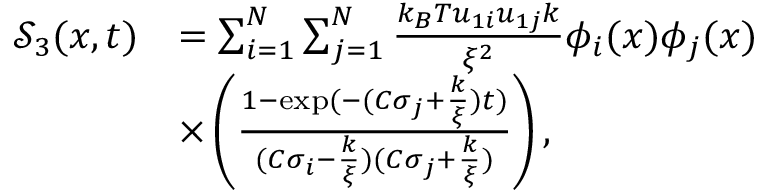
\begin{array} { r l } { \mathcal { S } _ { 3 } ( x , t ) } & { = \sum _ { i = 1 } ^ { N } \sum _ { j = 1 } ^ { N } \frac { k _ { B } T u _ { 1 i } u _ { 1 j } k } { \xi ^ { 2 } } \phi _ { i } ( x ) \phi _ { j } ( x ) } \\ & { \times \left( \frac { 1 - \exp ( - ( C \sigma _ { j } + \frac { k } { \xi } ) t ) } { ( C \sigma _ { i } - \frac { k } { \xi } ) ( C \sigma _ { j } + \frac { k } { \xi } ) } \right) , } \end{array}